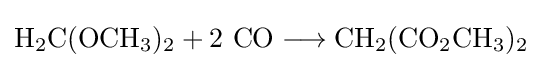
\mathrm {H_{2}C(OCH_{3})_{2}+2\ CO\longrightarrow CH_{2}(CO_{2}CH_{3})_{2}}